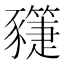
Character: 𧲌